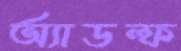
অ্যাডল্ফ